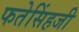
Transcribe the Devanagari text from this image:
फतेसिंहजी